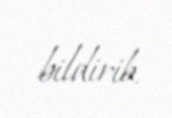
bildirib.